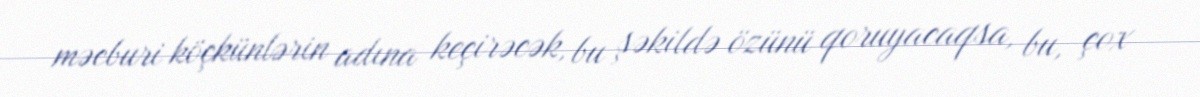
məcburi köçkünlərin adına keçirəcək, bu şəkildə özünü qoruyacaqsa, bu, çox